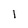
Character: 1